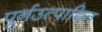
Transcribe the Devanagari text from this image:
पूर्नउत्पादित